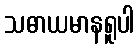
သဓာယမာနရူပါ